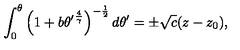
\int _ { 0 } ^ { \theta } \left( 1 + b { \theta ^ { \prime } } ^ { \frac { 4 } { \gamma } } \right) ^ { - { \frac { 1 } { 2 } } } d \theta ^ { \prime } = \pm \sqrt { c } ( z - z _ { 0 } ) ,